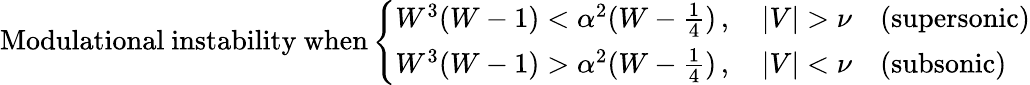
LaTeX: \mathrm{Modulational~instability~when}\left\{ \begin{array}{ll}{W^{3}(W-1)<\alpha^{2}(W-\frac{1}{4})\, ,\quad|V|>\nu\quad(\mathrm{supersonic})}\\ {W^{3}(W-1)>\alpha^{2}(W-\frac{1}{4})\, ,\quad|V|<\nu\quad(\mathrm{subsonic})}\end{array}\right.